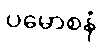
ပမောစနံ